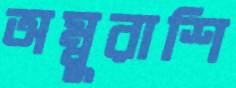
অম্বুরাশি